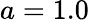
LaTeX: a=1.0